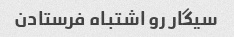
سیگار رو اشتباه فرستادن